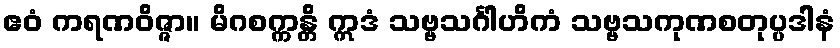
ဧဝံ ကရဏဝိဇ္ဇာ။ မိဂစက္ကန္တိ ဣဒံ သဗ္ဗသင်္ဂါဟိကံ သဗ္ဗသကုဏစတုပ္ပဒါနံ